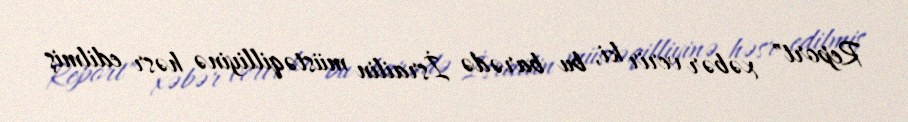
Report" xəbər verir ki, bu barədə İsrailin müstəqilliyinə həsr edilmiş